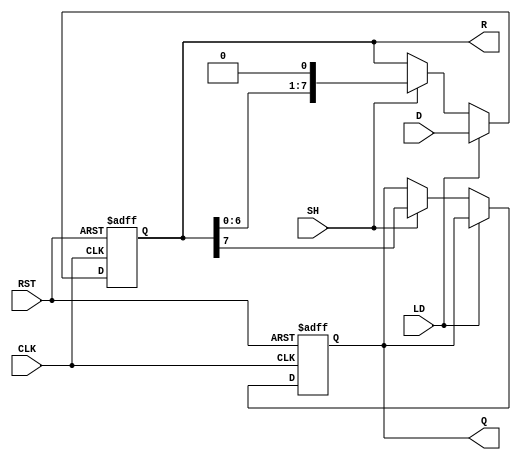
module PISO_Register (
    input wire [7:0] D,        // Parallel Data Input
    input wire LD,             // Load Control Signal
    input wire SH,             // Shift Control Signal
    input wire CLK,            // Clock Signal
    input wire RST,            // Reset Signal
    output reg Q,              // Serial Output
    output reg [7:0] R         // Register State Output
);

    // On asynchronous reset, clear the register state
    always @(posedge RST or posedge CLK) begin
        if (RST) begin
            R <= 8'b00000000;   // Clear register contents
            Q <= 1'b0;          // Clear serial output
        end else if (LD) begin
            R <= D;             // Load data from parallel input
        end else if (SH) begin
            Q <= R[7];          // Shift out the MSB (most significant bit)
            R <= {R[6:0], 1'b0}; // Shift the register contents right
        end
    end

endmodule